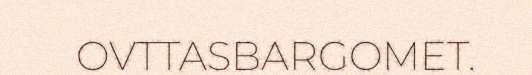
OVTTASBARGOMET.